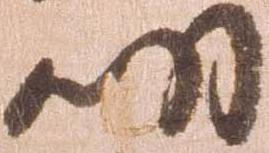
明